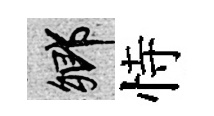
鄉恃